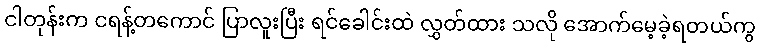
ငါတုန်းက ငရန့်တကောင် ပြာလူးပြီး ရင်ခေါင်းထဲ လွှတ်ထား သလို အောက်မေ့ခဲ့ရတယ်ကွ